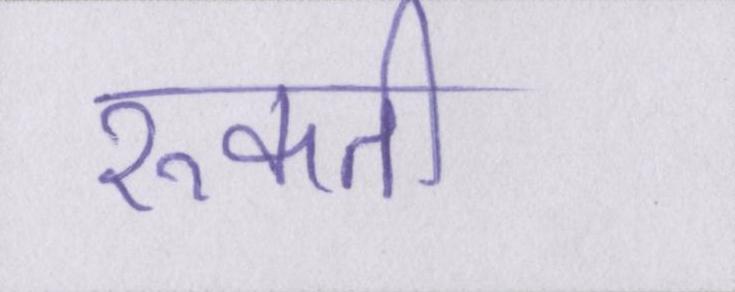
रुकती